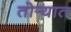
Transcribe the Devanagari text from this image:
तोर्‍यात